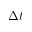
\Delta t